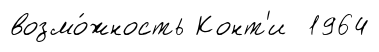
возмо́жность Конт'и 1964